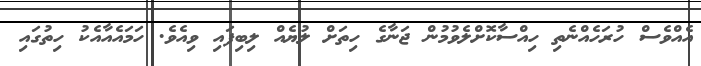
އެއްވެސް ހުރަހެއްނެތި ހިއްސާކޮށްލެވުމުން ޖަނާގެ ހިތަށް ލުޔެއް ލިބިފައި ވިއެވެ. ހަމައެއާއެކު ހިތުގައި